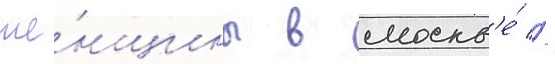
же́нщины в москв'е́ //